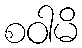
စဝါမိ